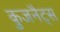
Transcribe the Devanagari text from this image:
कुजनैट्स